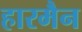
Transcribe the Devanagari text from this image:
हारमैन